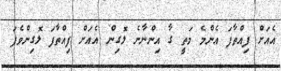
އެއަށް ފިއްތާފަ އެންމެ މަތީ ގާ އިންނާނެ ލޮގިން އެއަށް ފިއްތާފަ ލޮގިންވެފަ